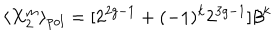
LaTeX: \langle X _ { 2 } ^ { m } \rangle _ { p o l } = [ 2 ^ { 2 g - 1 } + ( - 1 ) ^ { k } 2 ^ { 3 g - 1 } ] \beta ^ { k }